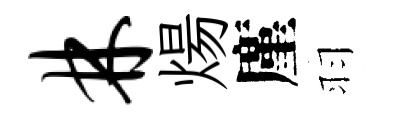
林煬廑羽